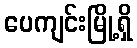
ပေကျင်းမြို့ရှိ